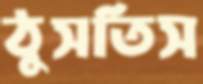
ঠুসতিস